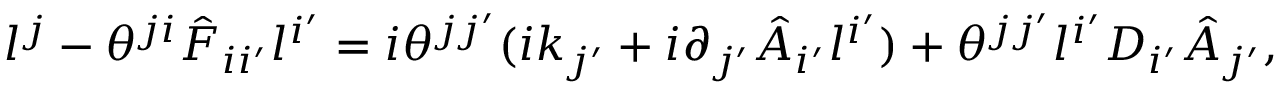
l ^ { j } - \theta ^ { j i } \hat { F } _ { i i ^ { \prime } } l ^ { i ^ { \prime } } = i \theta ^ { j j ^ { \prime } } ( i k _ { j ^ { \prime } } + i \partial _ { j ^ { \prime } } \hat { A } _ { i ^ { \prime } } l ^ { i ^ { \prime } } ) + \theta ^ { j j ^ { \prime } } l ^ { i ^ { \prime } } D _ { i ^ { \prime } } \hat { A } _ { j ^ { \prime } } ,